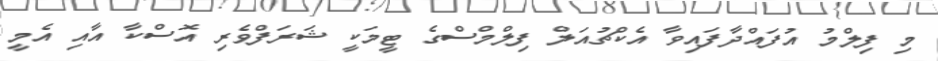
މި ފިލްމު އުފައްދާފައިވާ އެކްޗުއަލް ފިލްމްސްގެ ޓީމަކީ ޝަރަފްވެރި އޮސްކާ އާއި އެމީ